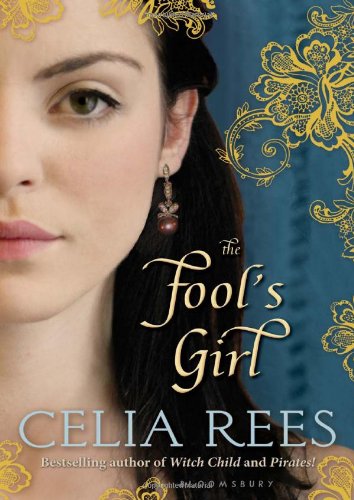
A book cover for The Fool's Girl; Celia Rees; Teen & Young Adult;